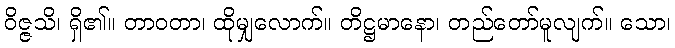
ဝိဇ္ဇသိ၊ ရှိ၏။ တာဝတာ၊ ထိုမျှလောက်။ တိဋ္ဌမာနော၊ တည်တော်မူလျက်။ သော၊